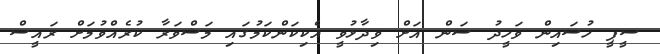
ސީޕީ ހުސައިން ވަހީދު ސަން އަށް ވިދާޅުވީ އެކިކަންކަމުގައި މަޝްވަރާ ކުރެއްވުމަށް ރައީސް